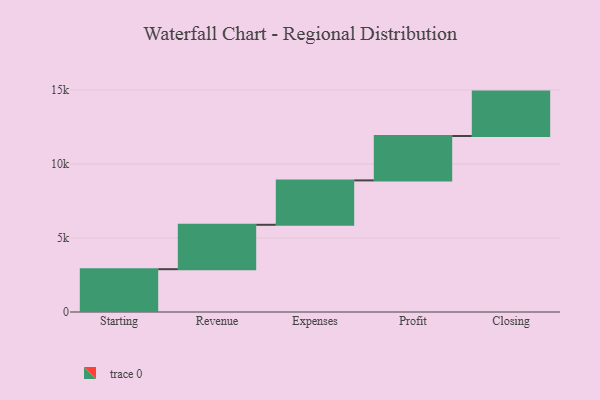
{"axis": {"x": "Step", "y": "Value"}, "legend": [""], "data": [{"x": "Starting", "y": 2893.0, "type": ""}, {"x": "Revenue", "y": 3000, "type": ""}, {"x": "Expenses", "y": 3000, "type": ""}, {"x": "Profit", "y": 3000, "type": ""}, {"x": "Closing", "y": 3000, "type": ""}]}